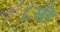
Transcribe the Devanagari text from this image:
८सी